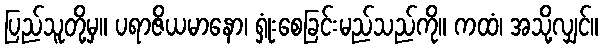
ပြည်သူတို့မှ။ ပရာဇိယမာနော၊ ရှုံးစေခြင်းမည်သည်ကို။ ကထံ၊ အသို့လျှင်။